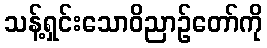
သန့်ရှင်းသောဝိညာဉ်တော်ကို